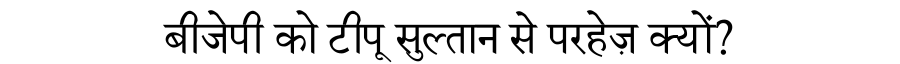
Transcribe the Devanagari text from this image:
बीजेपी को टीपू सुल्तान से परहेज़ क्यों?